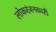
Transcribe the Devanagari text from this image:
लोकरंजनकारी